Source: Computer-generated
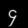
Digit: ၄ (4)